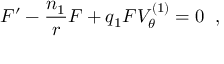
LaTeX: F ^ { \prime } - \frac { n _ { 1 } } { r } F + q _ { 1 } F V _ { \theta } ^ { ( 1 ) } = 0 \; \; ,